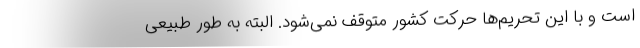
است و با این تحریم‌ها حرکت کشور متوقف نمی‌شود. البته به طور طبیعی